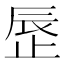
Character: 𬅾